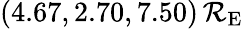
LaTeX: (4.67,2.70,7.50)\, \mathcal{R}_{\mathrm{{E}}}